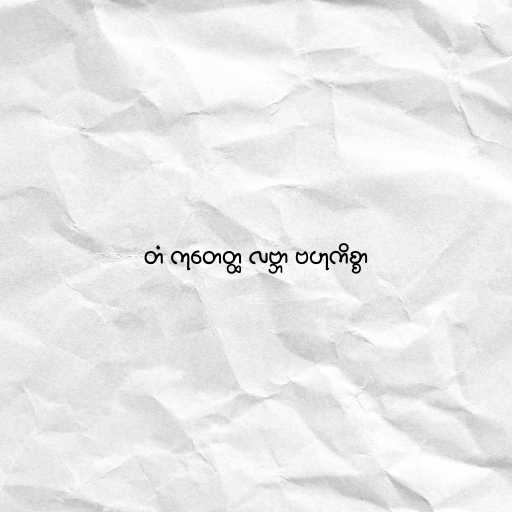
တံ ကုတေတ္ထ လဗ္ဘာ ဗဟုကိစ္စာ